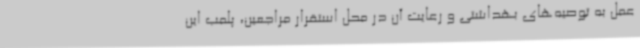
عمل به توصیه‌های بهداشتی و رعایت آن در محل استقرار مراجعین، پلمب این